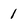
Character: 1